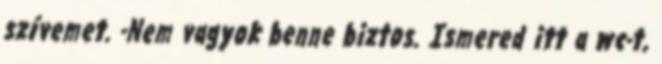
szívemet. -Nem vagyok benne biztos. Ismered itt a wc-t,